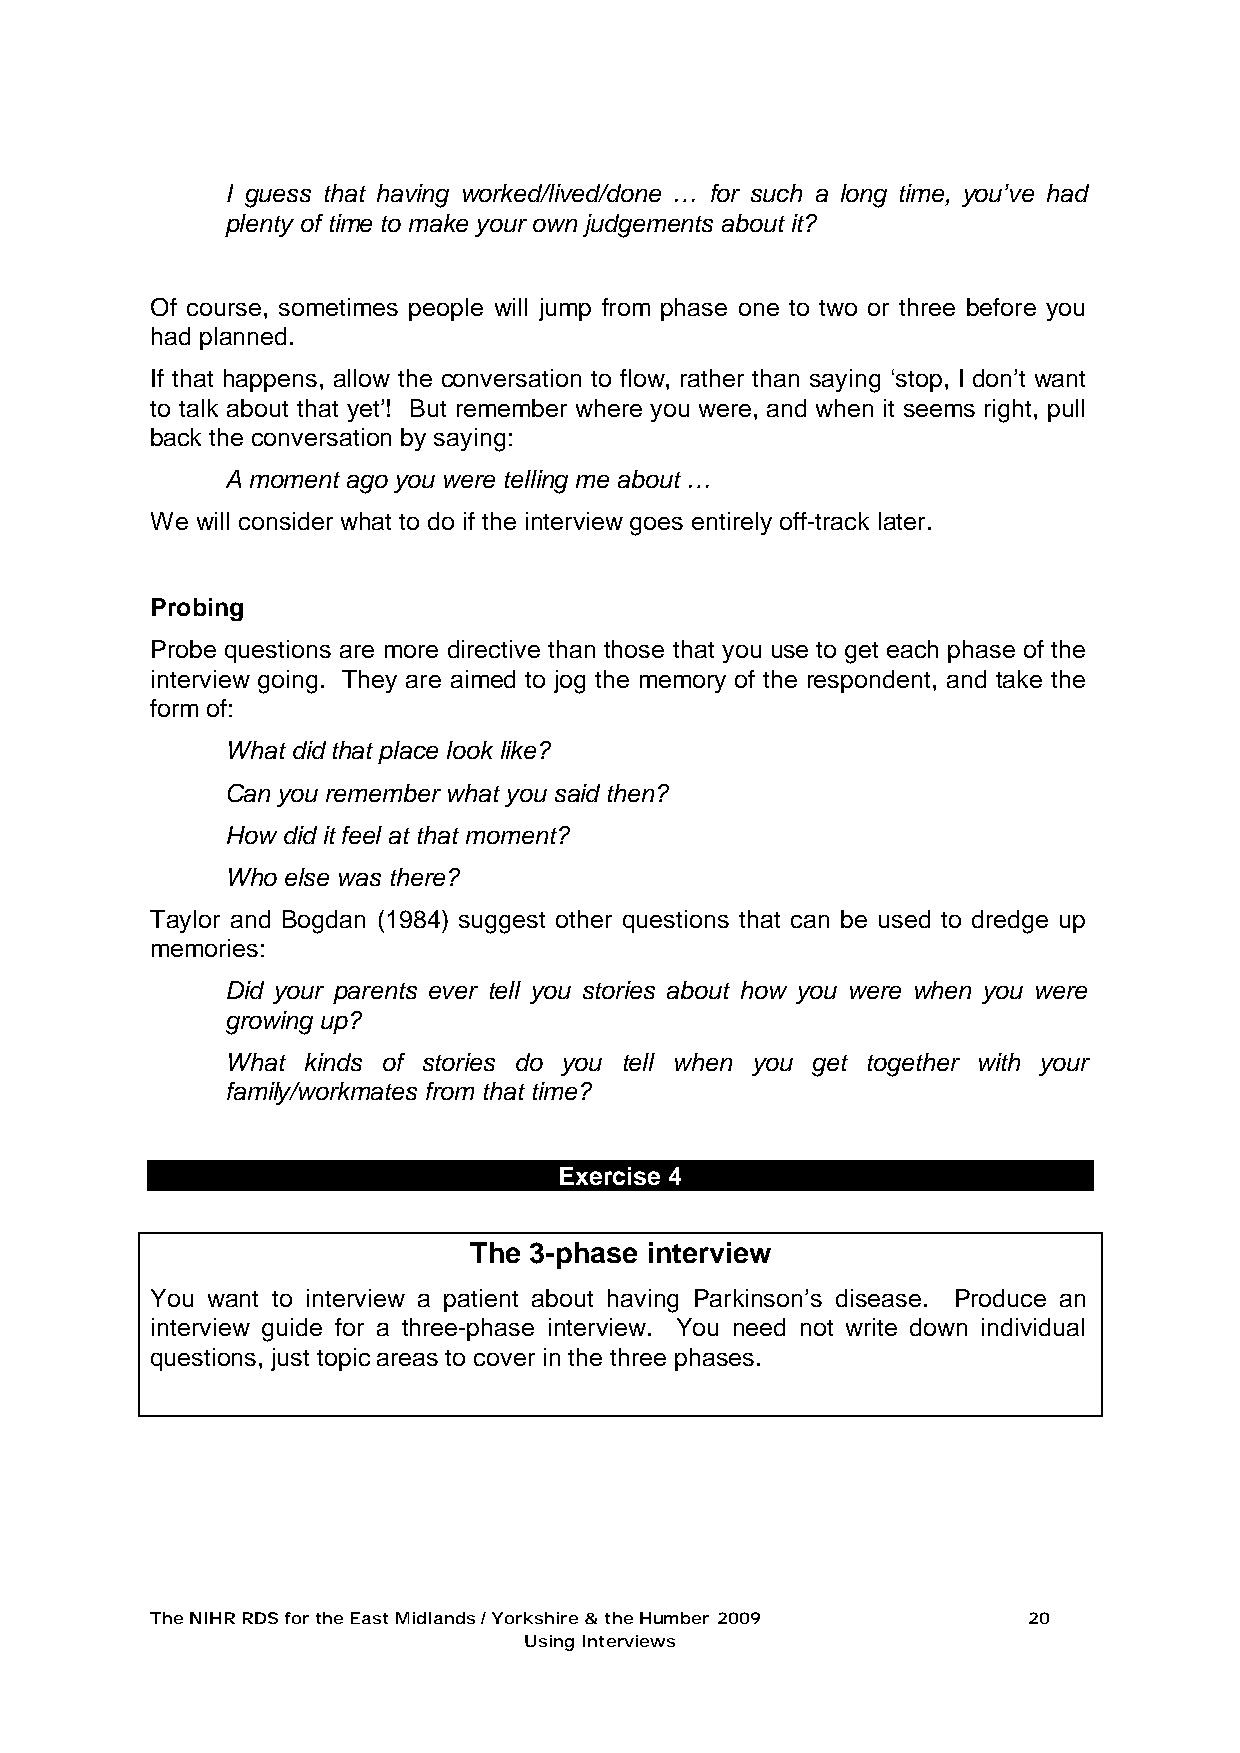
I guess that having worked/lived/done … for such a long time, you’ve had
 plenty of time to make your own judgements about it?
 Of course, sometimes people will jump from phase one to two or three before you
 had planned.
 If that happens, allow the conversation to flow, rather than saying ‘stop, I don’t want
 to talk about that yet’! But remember where you were, and when it seems right, pull
 back the conversation by saying:
 A moment ago you were telling me about …
 We will consider what to do if the interview goes entirely off-track later.
 Probing
 Probe questions are more directive than those that you use to get each phase of the
 interview going. They are aimed to jog the memory of the respondent, and take the
 form of:
 What did that place look like?
 Can you remember what you said then?
 How did it feel at that moment?
 Who else was there?
 Taylor and Bogdan (1984) suggest other questions that can be used to dredge up
 memories:
 Did your parents ever tell you stories about how you were when you were
 growing up?
 What kinds of stories do you tell when you get together with your
 family/workmates from that time?
 Exercise 4
 The 3-phase interview
 You want to interview a patient about having Parkinson’s disease. Produce an
 interview guide for a three-phase interview. You need not write down individual
 questions, just topic areas to cover in the three phases.
 The NIHR RDS for the East Midlands / Yorkshire & the Humber 2009 20
 Using Interviews